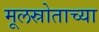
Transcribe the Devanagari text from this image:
मूलस्रोताच्या